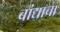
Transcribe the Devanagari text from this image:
बांद्याचा